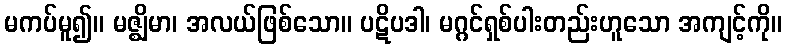
မကပ်မူ၍။ မဇ္ဈိမာ၊ အလယ်ဖြစ်သော။ ပဋိပဒါ၊ မဂ္ဂင်ရှစ်ပါးတည်းဟူသော အကျင့်ကို။